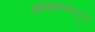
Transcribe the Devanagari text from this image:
भगवद्वाक्यमीदृशम्